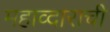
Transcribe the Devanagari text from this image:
महाव्दाराची